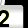
Digit: 2